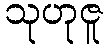
သုဟုဇူ